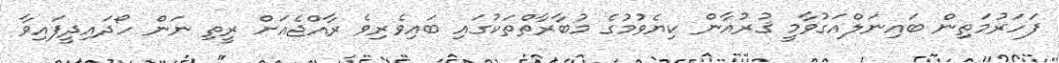
ފަހަރުމަތިން ބައިނަލްއަގުވާމީ ޤުރުއާން ކިޔެވުމުގެ މުބާރާތްތަކުގައި ބައިވެރިވެ ރާއްޖެއަށް ރީތި ނަން ހޯދައިދީފައިވާ